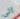
الى